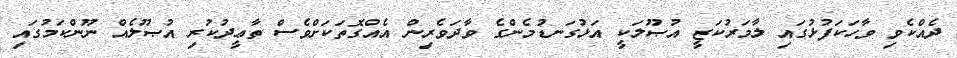
ދެއްކެވި ވާހަކަފުޅުގައި ލާމަރުކަޒީ އުޞޫލަކީ އަޅުގަނޑުމެންގެ ވާދަވެރިން އެއްގޮތަކަށްވެސް ތާޢީދުކުރި އުޞޫލެއް ނޫންކަމުގައި